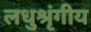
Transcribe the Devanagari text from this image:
लधुश्रृंगीय